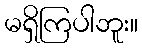
မရှိကြပါဘူး။